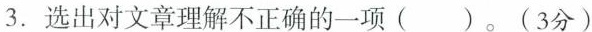
3.选出对文章理解不正确的一项( )。(3分)